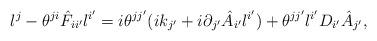
LaTeX: \begin{align*}l^j - \theta^{ji} \hat{F}_{ii'} l^{i'}= i \theta^{jj'} (i k_{j'} + i \partial_{j'} \hat{A}_{i'} l^{i'})+ \theta^{jj'} l^{i'} D_{i'} \hat{A}_{j'},\end{align*}